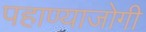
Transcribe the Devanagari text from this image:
पहाण्याजोगी